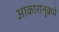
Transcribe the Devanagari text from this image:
आकारानुक्रमे